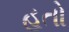
હતો